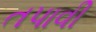
તપાવી